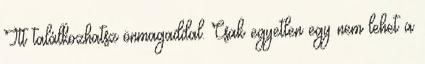
Itt találkozhatsz önmagaddal. Csak egyetlen egy nem lehet a